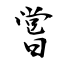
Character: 嘗